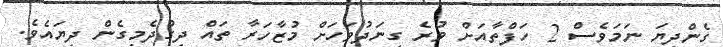
ގެންދިޔަ ނަމަވެސް 2 ހަފްތާއަށް ވުރެ ގިނަދުވަހަށް މުޒާހަރާ ތައް ދިގުދެމިގެން ދިޔައެވެ.